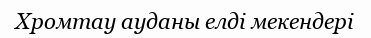
Хромтау ауданы елді мекендері